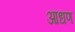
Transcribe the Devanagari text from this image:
आधण